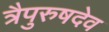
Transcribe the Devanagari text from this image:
त्रैपुरुषदेव